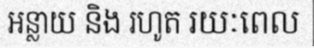
អន្លាយ និង រហូត រយៈពេល